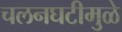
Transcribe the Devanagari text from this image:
चलनघटीमुळे